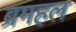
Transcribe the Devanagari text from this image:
ब्रमहल